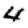
Digit: 4